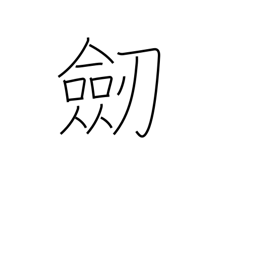
Meaning: sword